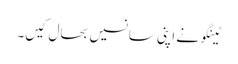
ٹینگو نے اپنی سانسیں بحال کیں۔